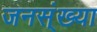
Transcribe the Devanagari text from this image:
जनस्ंख्या